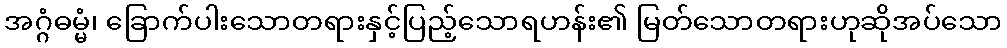
အဂ္ဂံဓမ္မံ၊ ခြောက်ပါးသောတရားနှင့်ပြည့်သောရဟန်း၏ မြတ်သောတရားဟုဆိုအပ်သော